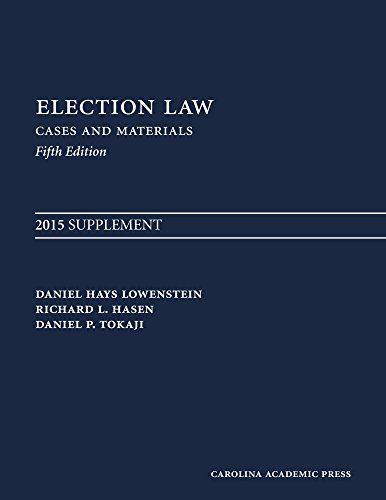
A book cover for Election Law, Fifth Edition: 2015 Supplement; Daniel Hays Lowenstein; Law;